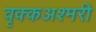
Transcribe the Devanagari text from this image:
वृक्कअश्मरी